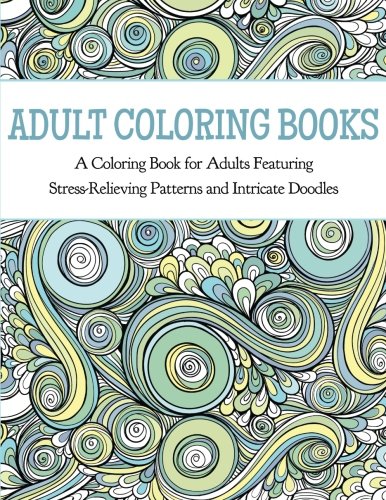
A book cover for Adult Coloring Books: A Coloring Book for Adults Featuring Stress Relieving Patterns and Intricate Doodles; Coloring Books for Adults; Humor & Entertainment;